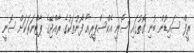
ރީފް ސައިޑުން ބުނި ގޮތުގައި ސޮނީ އެކްސްޕީރިއާ ފޯނުތަކުގެ ރާއްޖޭގެ ޕާޓްނަރަކަށް ސޮނީ